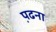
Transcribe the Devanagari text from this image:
प़ढना